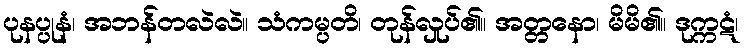
ပုနပ္ပုနံ၊ အဘန်တလဲလဲ။ သံကမ္ပတိ၊ တုန်လှုပ်၏။ အတ္တနော၊ မိမိ၏။ ဒုက္ကဋံ၊